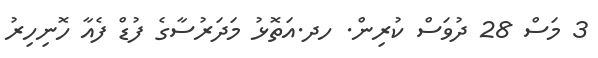
3 މަސް 28 ދުވަސް ކުރިން. ހދ.އަތޮޅު މަދަރުސާގެ ފުޑް ފެއާ ހޮނިހިރު